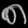
Digit: ၈